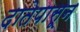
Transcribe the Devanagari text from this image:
दातेपासून